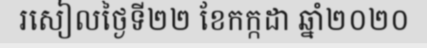
រសៀលថ្ងៃទី២២ ខែកក្កដា ឆ្នាំ២០២០